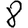
Digit: 8